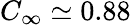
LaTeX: C_{\infty}\simeq 0.88